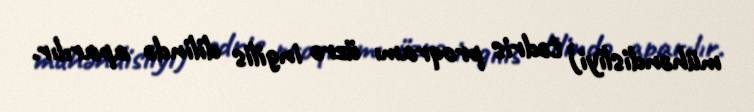
mühəndisliyi) tədris proqramı üzrə ingilis dilində aparılır.